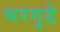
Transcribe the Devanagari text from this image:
भरगुडे